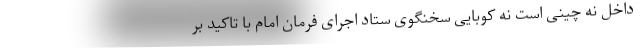
داخل نه چینی است نه کوبایی سخنگوی ستاد اجرای فرمان امام با تاکید بر